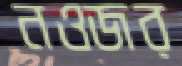
নওজর